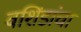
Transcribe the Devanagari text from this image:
वशिंडांचा